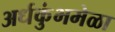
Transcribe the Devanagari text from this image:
अर्धकुंभमेळा